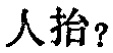
人抬？